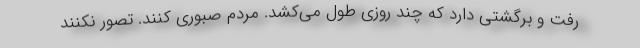
رفت و برگشتی دارد که چند روزی طول می‌کشد. مردم صبوری کنند. تصور نکنند